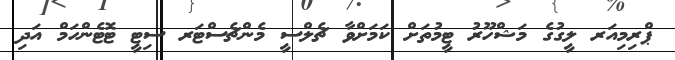
ޕްރިމިއަރ ލީގުގެ މަޝްހޫރު ޓީމުތަށް ކަމަށްވާ ޗެލްސީ މެންޗެސްޓަރ ސިޓީ ޓޮޓެންހަމް އަދި